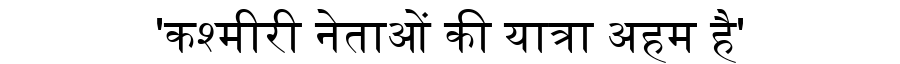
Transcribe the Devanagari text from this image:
'कश्मीरी नेताओं की यात्रा अहम है'